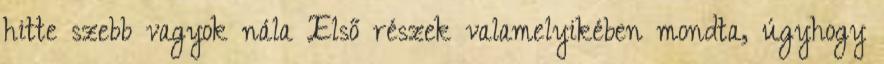
hitte szebb vagyok nála Első részek valamelyikében mondta, úgyhogy